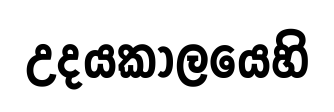
උදයකාලයෙහි